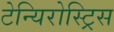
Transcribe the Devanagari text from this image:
टेन्यिरोस्ट्रिस